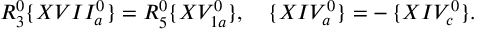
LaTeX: R _ { 3 } ^ { 0 } \{ X V I I _ { a } ^ { 0 } \} = R _ { 5 } ^ { 0 } \{ X V _ { 1 a } ^ { 0 } \} , \quad \{ X I V _ { a } ^ { 0 } \} = - \, \{ X I V _ { c } ^ { 0 } \} .